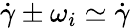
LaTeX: \dot{\gamma}\pm\omega_{i}\simeq\dot{\gamma}